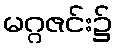
မဂ္ဂဇင်း၌